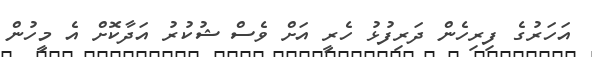
އަހަރުގެ ފިރިހެން ދަރިފުޅު ހެރީ އަށް ވެސް ޝުކުރު އަދާކޮށް އެ މީހުން